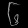
Digit: ၆